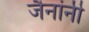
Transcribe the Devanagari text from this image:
जैनांनी